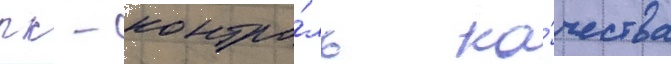
пк - контро́ль ка́чества